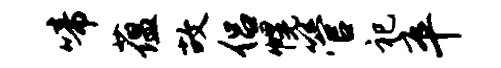
啼蕴故侣幌管祀卒